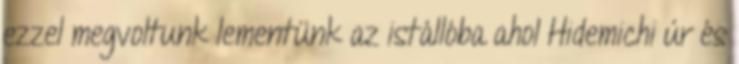
ezzel megvoltunk lementünk az istállóba ahol Hidemichi úr és